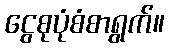
ငွေစုပုံစံစာရွက်။